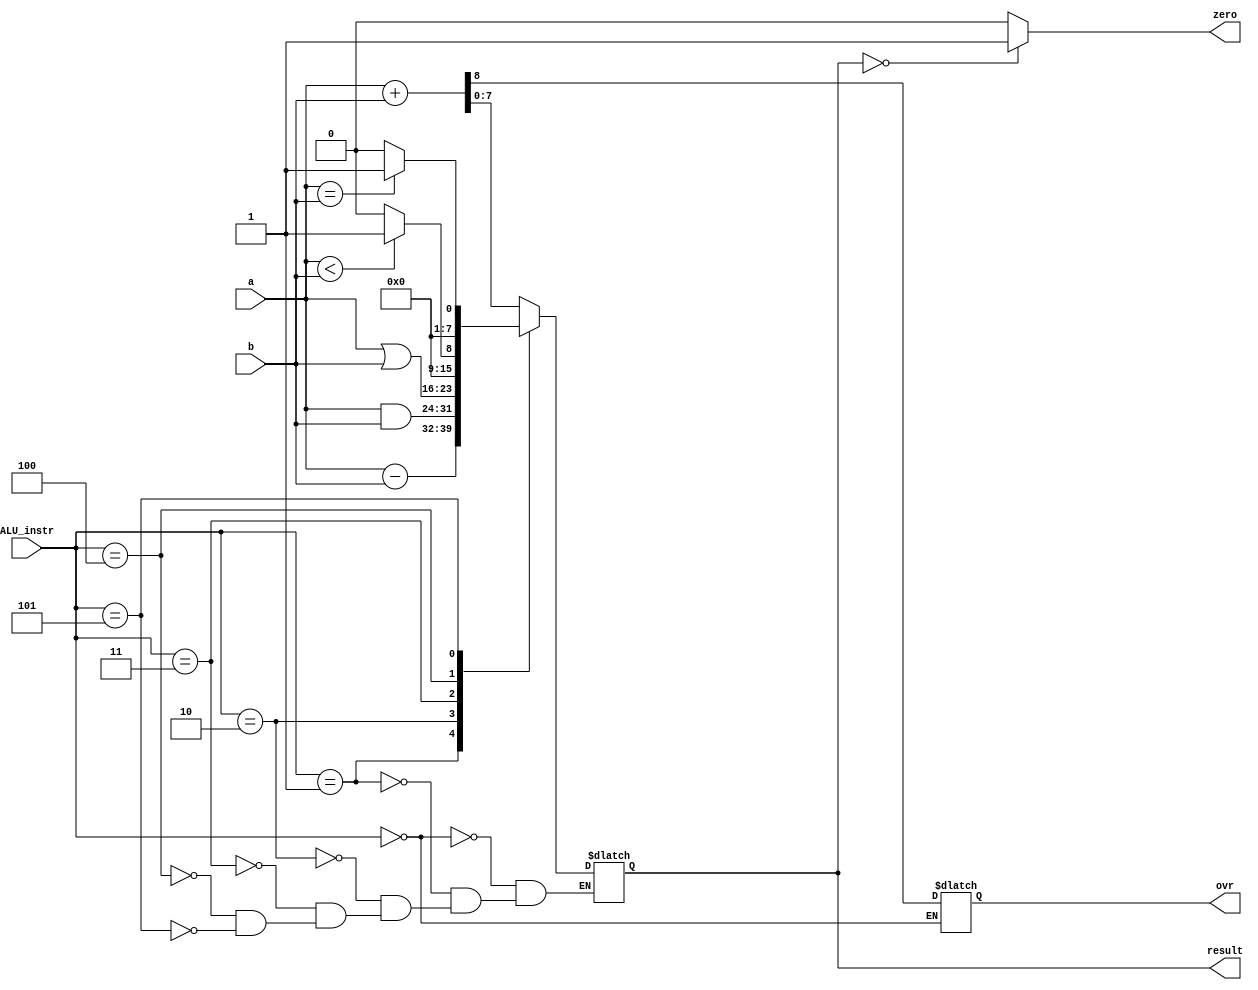
// ALU (Arithmetic and Logic Unit) -> aici se vor desfasura

module ALU (
    input [7:0] a,                      // Primul numar pe 8 biti asupra caruia se desfasoara operatia
    input [7:0] b,                      // Al doilea numar pe 8 biti asupra caruia se desfasoara operatia
    input [2:0] ALU_instr,              // Instructiunea pentru operatia care o desfasoara ALU 
    output reg [7:0] result,            // Rezultatul obtinut
    output zero,                        // Flag pentru 0 (va fii activ daca rezulatul este egal cu 0)
    output reg ovr                      // Flag pentru overflow (va fii activ daca rezulatul este mai mare decat numarul care poate fii stocat)
);

    always @(*)begin
        case(ALU_instr)
            // Instructiunea de aditie
            3'b000: begin
                {ovr,result} = a + b;   // Se aduna numarul din a cu numarul din b si se stocheaza oveflow daca exista
            end
            // Instructiunea de scadere
            3'b001: begin
                result = a - b;         // Se scade din numarul a numarul b
            end
            // Instructiunea de si logic
            3'b010: begin
                result = a & b;         // Se face si logic intre biti din a si biti din b
            end
            // Instructiunea de sau logic
            3'b011: begin
                result = a | b;         // Se face sau logic intre biti din a si biti din b
            end
            // Instructiunea de mai mic
            3'b100: begin
                if (a < b) begin        // Se face operatiunea a mai mic decat b
                    result = 8'd1;      // Daca a e mai mic decat b, rezultatul va fi 8 biti de 1
                end
                else begin
                    result = 8'd0;      // Daca b e mai mic sau egal cu a, rezultatul va fi 8 biti de 0
                end
            end
            // Instructiunea de egalitate
            3'b101: begin
                if (a == b) begin       // Se face operatiunea a egal cu b
                    result = 8'd1;      // Daca a este egal cu b, rezultatul va fi 8 biti de 1
                end
                else begin
                    result = 8'd0;      // Daca a nu este egal cu b, rezultatul va fi 8 biti de 0
                end
            end
        endcase
    end

    assign zero = (result == 8'd0) ? 1'b1: 1'b0;                         // Aici se tine cont daca flagul de zero se activeaza
    
endmodule